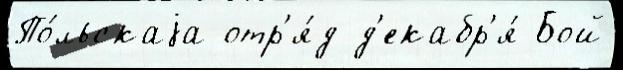
По́льскаjа отр'я́д д'екабр'я́ Бой